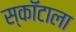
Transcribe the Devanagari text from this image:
स्कॉटाला